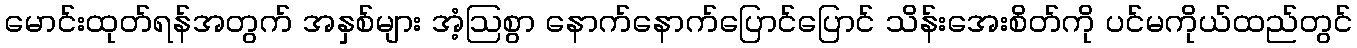
မောင်းထုတ်ရန်အတွက် အနှစ်များ အံ့ဩစွာ နောက်နောက်ပြောင်ပြောင် သိန်းအေးစိတ်ကို ပင်မကိုယ်ထည်တွင်